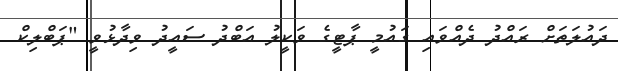
ދައުލަތަށް ރައްދު ދެއްވައި ގައުމީ ޕާޓީގެ ވަކީލު އަބްދު ސައީދު ވިދާޅުވީ "ޕަބްލިކް